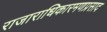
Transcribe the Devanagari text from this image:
राजाराधिकारमणप्रसाद